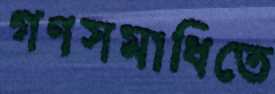
গণসমাধিতে